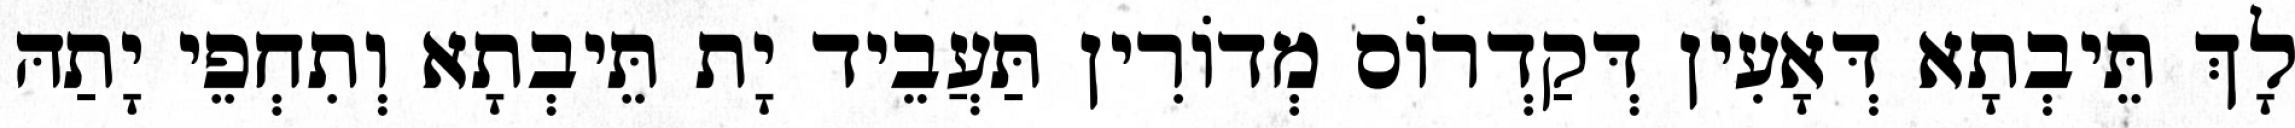
לָךְ תֵּיבְתָא דְּאָעִין דְּקַדְרוֹס מְדוֹרִין תַּעֲבֵיד יָת תֵּיבְתָא וְתִחְפֵי יָתַהּ